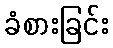
ခံစားခြင်း